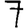
Digit: 7